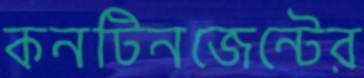
কনটিনজেন্টের